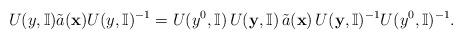
LaTeX: \begin{align*} U( {y},\mathbb{I}) \tilde{a}( \mathbf{x}) U( {y},\mathbb{I}) ^{-1} =U(y^{0},\mathbb{I})\,U(\mathbf{y},\mathbb{I}) \,\tilde{a}( \mathbf{x}) \, U(\mathbf{y},\mathbb{I}) ^{-1} U(y^{0},\mathbb{I})^{-1}.\end{align*}